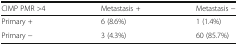
<table><thead><tr><td><b>CIMP PMR &gt;4</b></td><td><b>Metastasis +</b></td><td><b>Metastasis −</b></td></tr></thead><tbody><tr><td>Primary +</td><td>6 (8.6%)</td><td>1 (1.4%)</td></tr><tr><td>Primary −</td><td>3 (4.3%)</td><td>60 (85.7%)</td></tr></tbody></table>